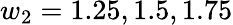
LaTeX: w_{2}=1.25,1.5,1.75